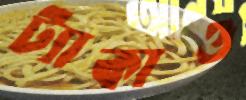
ট্যাকাও